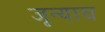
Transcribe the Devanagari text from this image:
जून्याच